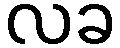
လခ